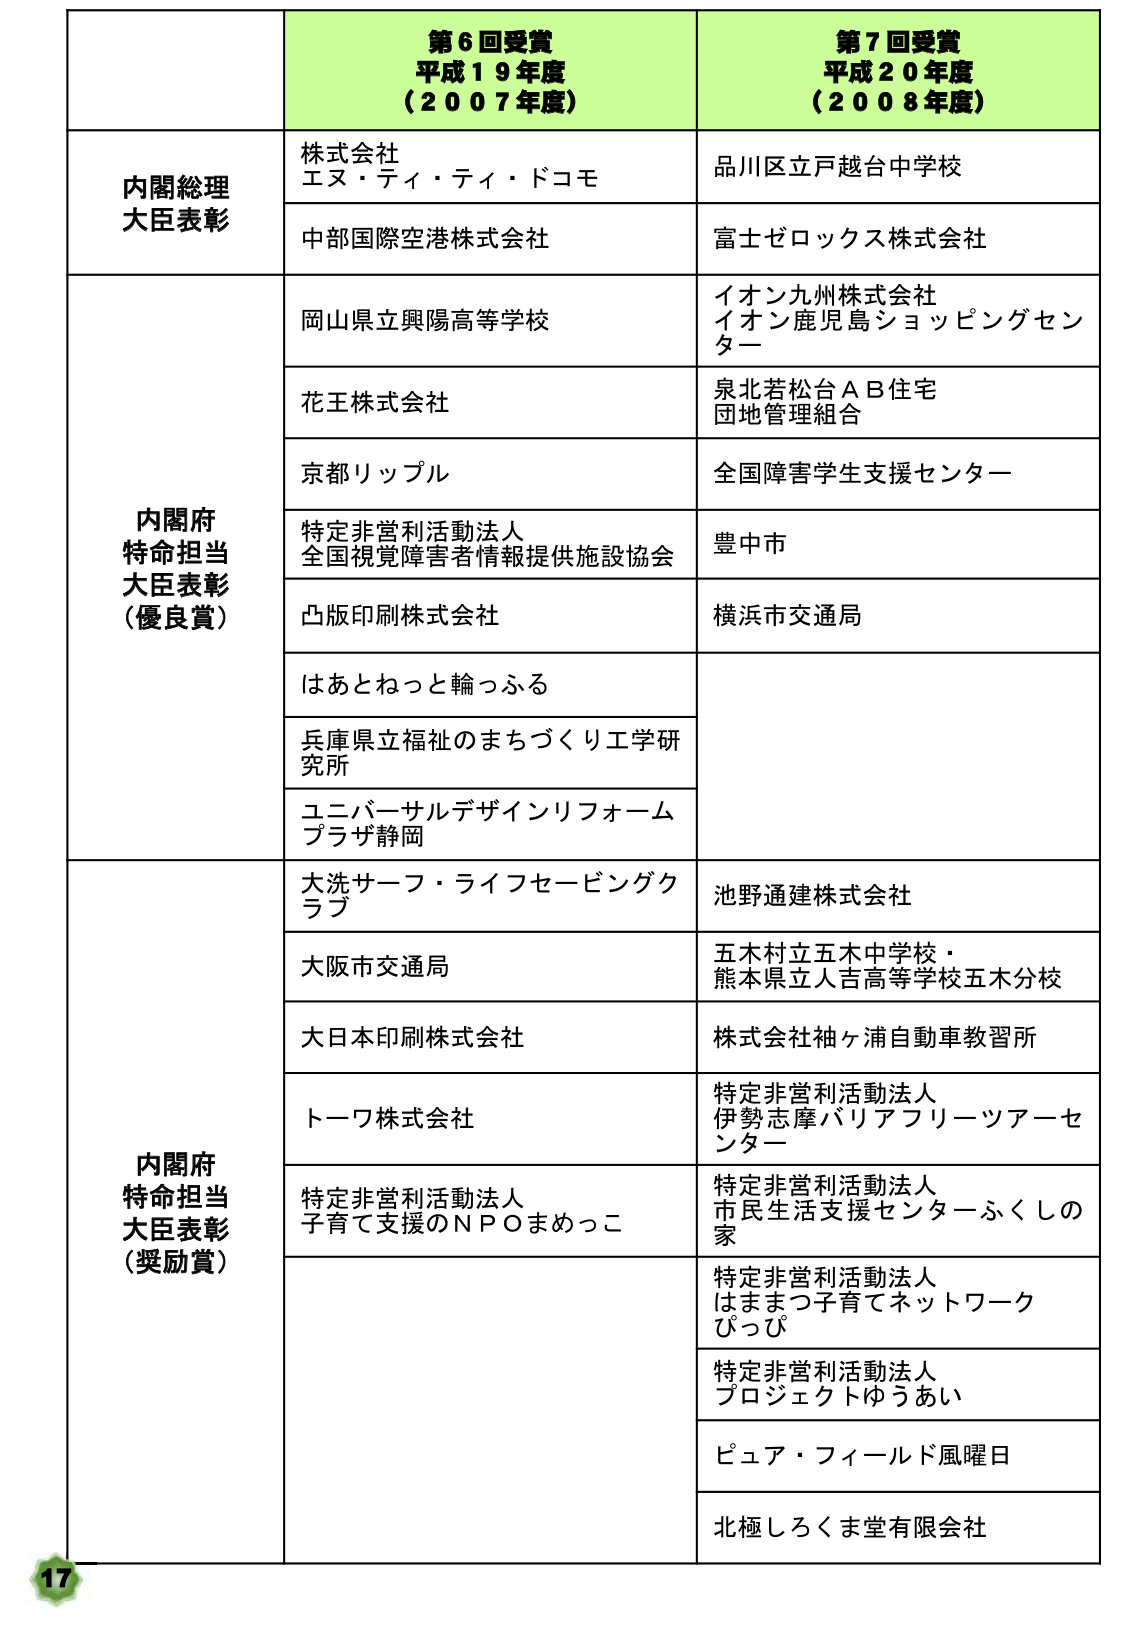
第6回受賞
平成19年度
(2007年度)

第7回受賞
平成20年度
(2008年度)

内閣総理大臣表彰
株式会社
エヌ・ティ・ティ・ドコモ
中部国際空港株式会社
品川区立戸越台中学校
富士ゼロックス株式会社

内閣府特命担当大臣表彰（優良賞）
岡山県立興陽高等学校
花王株式会社
京都リップル
特定非営利活動法人
全国視覚障害者情報提供施設協会
凸版印刷株式会社
はあとねっと輪っふる
兵庫県立福祉のまちづくり工学研究所
ユニバーサルデザインリフォーム
プラザ静岡
イオン九州株式会社
イオン鹿児島ショッピングセンター
泉北若松台ＡＢ住宅
団地管理組合
全国障害学生支援センター
豊中市
横浜市交通局

内閣府特命担当大臣表彰（奨励賞）
大洗サーフ・ライフセービングクラブ
大阪市交通局
大日本印刷株式会社
トーウ株式会社
特定非営利活動法人
子育て支援のＮＰＯまめっこ
池野通建株式会社
五木村立五木中学校・
熊本県立人吉高等学校五木分校
株式会社袖ヶ浦自動車教習所
特定非営利活動法人
伊勢志摩バリアフリーツアーセンター
特定非営利活動法人
市民生活支援センターふくしの家
特定非営利活動法人
はままつ子育てネットワーク
ぴっぴ
特定非営利活動法人
プロジェクトゆうあい
ピュア・フィールド風曜日
北極しろくま堂有限会社

17